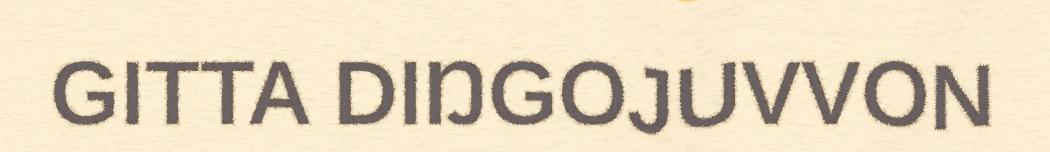
GITTA DIŊGOJUVVON